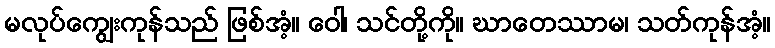
မလုပ်ကျွေးကုန်သည် ဖြစ်အံ့။ ဝေါ၊ သင်တို့ကို။ ဃာတေဿာမ၊ သတ်ကုန်အံ့။